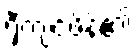
ရှီကျင့်ဖိန်၏